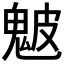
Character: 𩲢